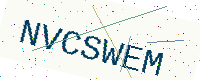
Text: NVCSWEM